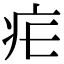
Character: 疟